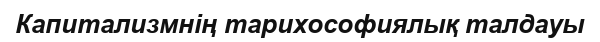
Капитализмнің тарихософиялық талдауы